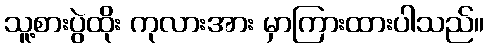
သူ့စားပွဲထိုး ကုလားအား မှာကြားထားပါသည်။